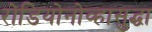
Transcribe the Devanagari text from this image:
रोडियोनोव्हासुद्धा